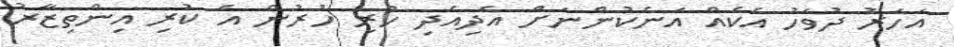
އަހަރު ދުވަހު އެކެއް އަނެކުންނަށް އެދިއެދި ހުރި ހުރުން އެ ކުރި އިންތިޒާރު